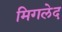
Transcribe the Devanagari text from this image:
मिगलेद